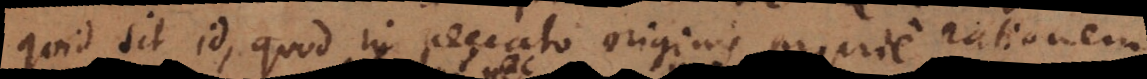
quid sit id, quod in peccato originis proprie ratio